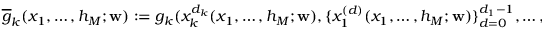
\overline { { g } } _ { k } ( x _ { 1 } , \hdots , h _ { M } ; \mathbf { w } ) : = g _ { k } ( x _ { k } ^ { d _ { k } } ( x _ { 1 } , \hdots , h _ { M } ; \mathbf { w } ) , \{ x _ { 1 } ^ { ( d ) } ( x _ { 1 } , \hdots , h _ { M } ; \mathbf { w } ) \} _ { d = 0 } ^ { d _ { 1 } - 1 } , \hdots , \{ x _ { m } ^ { ( d ) } ( x _ { 1 } , \hdots , h _ { M } ; \mathbf { w } ) \} _ { d = 0 } ^ { d _ { m } - 1 } ) = 0